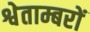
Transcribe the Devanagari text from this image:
श्वेताम्बरों